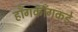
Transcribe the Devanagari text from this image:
हाँगकाँगकडे